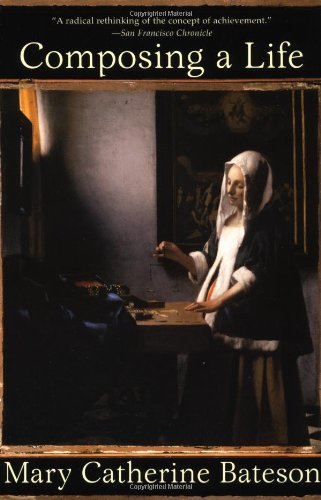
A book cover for Composing a Life; Mary Catherine Bateson; History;